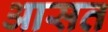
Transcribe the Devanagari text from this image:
आसत